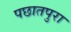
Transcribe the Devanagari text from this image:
पछातपुरा